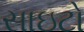
સાઇટો